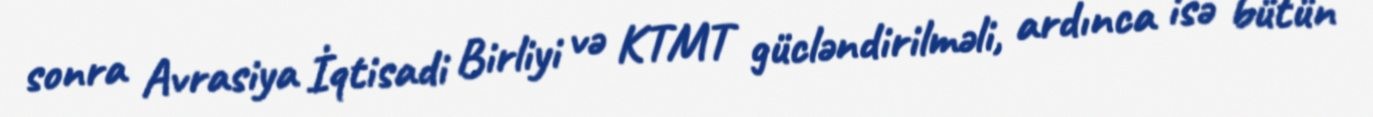
sonra Avrasiya İqtisadi Birliyi və KTMT gücləndirilməli, ardınca isə bütün